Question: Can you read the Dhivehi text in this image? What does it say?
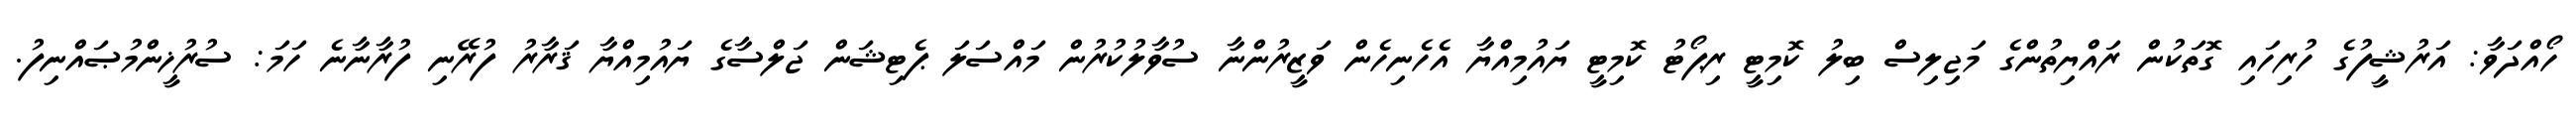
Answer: ހޯއްދަވާ: އަރުޝީފުގެ ހުރިހައި ގޮތަކުން ރައްޔިތުންގެ މަޖިލިސް ބިލު ކޮމިޓީ ރިޕޯޓު ކޮމިޓީ ޔައުމިއްޔާ އެހެނިހެން ވަޒީރުންނާ ސުވާލުކުރުން މައްސަލަ ޕެޓިޝަން ޖަލްސާގެ ޔައުމިއްޔާ ޤަރާރު ފުރޭނި ފުރާނާނެ ހަމަ: ސުރުޚީންމުޞައްނިފު.